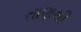
તાણથી